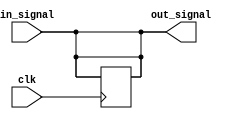
module DelayBlock #(parameter DELAY = 10) (
    input wire clk,              // Clock signal for sequential logic
    input wire [3:0] in_signal, // Input signal (4 bits)
    output reg [3:0] out_signal  // Output signal (4 bits)
);

    // Combinatorial logic with delay
    always @* begin
        // Propagate input signal to output with specified delay
        #DELAY out_signal = in_signal;
    end

    // Sequential logic example (optional)
    always @(posedge clk) begin
        // Capture the input signal on the rising edge of the clock
        #DELAY out_signal <= in_signal;
    end

endmodule